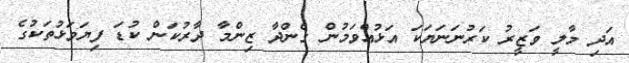
އަދި މާލީ ވަޒީރު ކަރުނަނަޔަކަ އަޅުއްވަމުން ގެންދާ ޒިންމާ ދާރުކަން ކުޑަ ފިޔަވަޅުތަކުގެ